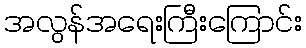
အလွန်အရေးကြီးကြောင်း